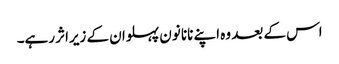
اس کے بعد وہ اپنے نانا نون پہلوان کے زیراثر رہے۔